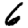
Digit: 6